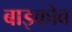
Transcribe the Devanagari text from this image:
बाइकोव